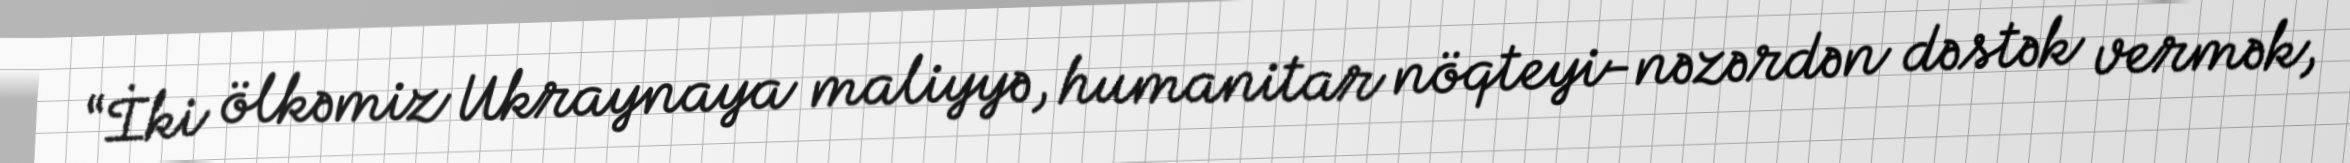
“İki ölkəmiz Ukraynaya maliyyə, humanitar nöqteyi-nəzərdən dəstək vermək,